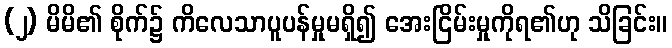
(၂) မိမိ၏ စိုက်၌ ကိလေသာပူပန်မှုမရှိ၍ အေးငြိမ်းမှုကိုရ၏ဟု သိခြင်း။